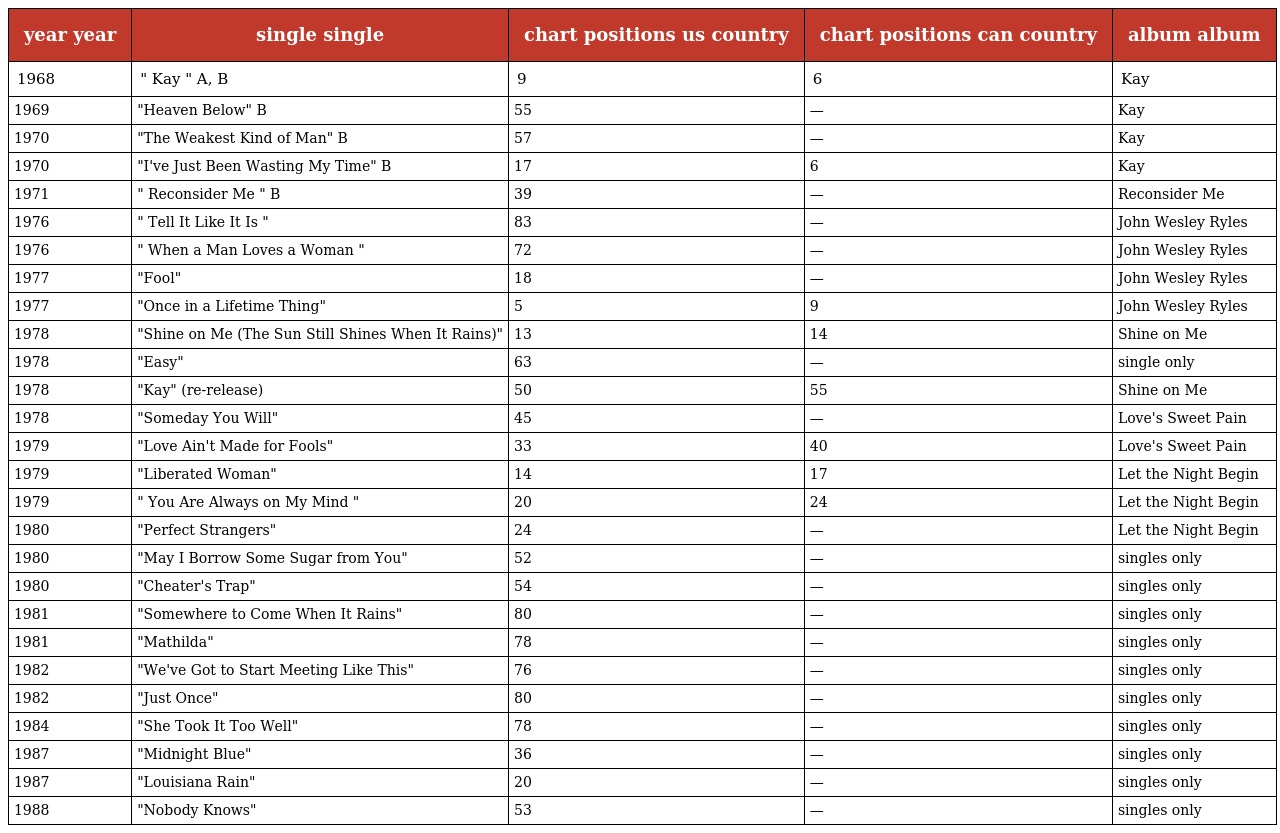
| year year | single single | chart positions us country | chart positions can country | album album |
 | --- | --- | --- | --- | --- |
 | 1968 | " Kay " A, B | 9 | 6 | Kay |
 | 1969 | "Heaven Below" B | 55 | — | Kay |
 | 1970 | "The Weakest Kind of Man" B | 57 | — | Kay |
 | 1970 | "I've Just Been Wasting My Time" B | 17 | 6 | Kay |
 | 1971 | " Reconsider Me " B | 39 | — | Reconsider Me |
 | 1976 | " Tell It Like It Is " | 83 | — | John Wesley Ryles |
 | 1976 | " When a Man Loves a Woman " | 72 | — | John Wesley Ryles |
 | 1977 | "Fool" | 18 | — | John Wesley Ryles |
 | 1977 | "Once in a Lifetime Thing" | 5 | 9 | John Wesley Ryles |
 | 1978 | "Shine on Me (The Sun Still Shines When It Rains)" | 13 | 14 | Shine on Me |
 | 1978 | "Easy" | 63 | — | single only |
 | 1978 | "Kay" (re-release) | 50 | 55 | Shine on Me |
 | 1978 | "Someday You Will" | 45 | — | Love's Sweet Pain |
 | 1979 | "Love Ain't Made for Fools" | 33 | 40 | Love's Sweet Pain |
 | 1979 | "Liberated Woman" | 14 | 17 | Let the Night Begin |
 | 1979 | " You Are Always on My Mind " | 20 | 24 | Let the Night Begin |
 | 1980 | "Perfect Strangers" | 24 | — | Let the Night Begin |
 | 1980 | "May I Borrow Some Sugar from You" | 52 | — | singles only |
 | 1980 | "Cheater's Trap" | 54 | — | singles only |
 | 1981 | "Somewhere to Come When It Rains" | 80 | — | singles only |
 | 1981 | "Mathilda" | 78 | — | singles only |
 | 1982 | "We've Got to Start Meeting Like This" | 76 | — | singles only |
 | 1982 | "Just Once" | 80 | — | singles only |
 | 1984 | "She Took It Too Well" | 78 | — | singles only |
 | 1987 | "Midnight Blue" | 36 | — | singles only |
 | 1987 | "Louisiana Rain" | 20 | — | singles only |
 | 1988 | "Nobody Knows" | 53 | — | singles only |